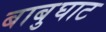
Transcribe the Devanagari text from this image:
बाबुघाट